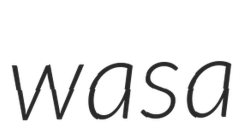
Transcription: was a